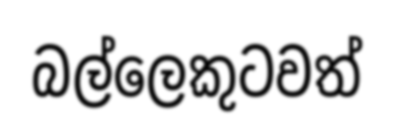
බල්ලෙකුටවත්